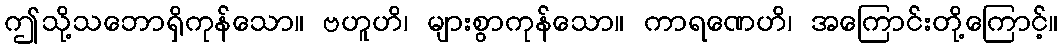
ဤသို့သဘောရှိကုန်သော။ ဗဟူဟိ၊ များစွာကုန်သော။ ကာရဏေဟိ၊ အကြောင်းတို့ကြောင့်။